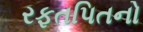
રફતપિતનો